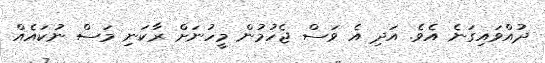
ދުއްވައިގަނެ އެވެ. އަދި އެ ވަސް ޖެހުމުން މީހުނަށް ރާކަނި މަސް ނުކައެއް